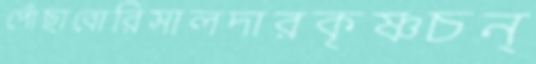
পোঁছাবোরিসালদারকৃষ্ণচন্